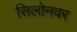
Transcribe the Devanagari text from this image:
सिलोनवर